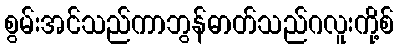
စွမ်းအင်သည်ကာဘွန်ဓာတ်သည်ဂလူးကို့စ်